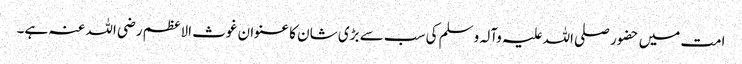
امت میں حضور صلی اللہ علیہ وآلہ وسلم کی سب سے بڑی شان کا عنوان غوث الاعظم رضی اللہ عنہ ہے۔